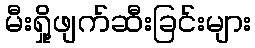
မီးရှို့ဖျက်ဆီးခြင်းများ